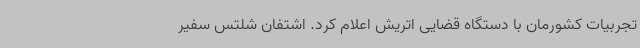
تجربیات کشورمان با دستگاه قضایی اتریش اعلام کرد. اشتفان شلتس سفیر